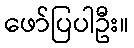
ဖော်ပြပါဦး။